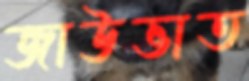
জাউভাত